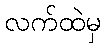
လက်ထဲမှ